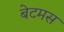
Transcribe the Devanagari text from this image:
बेटमस